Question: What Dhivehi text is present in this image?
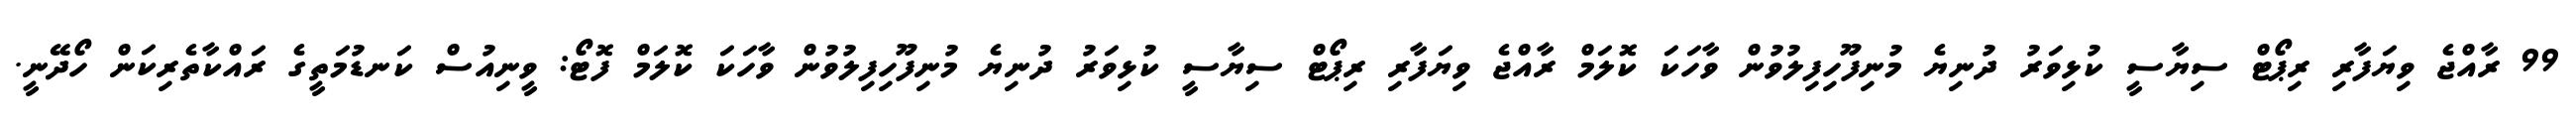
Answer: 99 ރާއްޖެ ވިޔަފާރި ރިޕޯޓް ސިޔާސީ ކުޅިވަރު ދުނިޔެ މުނިފޫހިފިލުވުން ވާހަކަ ކޮލަމް ރާއްޖެ ވިޔަފާރި ރިޕޯޓް ސިޔާސީ ކުޅިވަރު ދުނިޔެ މުނިފޫހިފިލުވުން ވާހަކަ ކޮލަމް ފޮޓޯ: ވީނިއުސް ކަނޑުމަތީގެ ރައްކާތެރިކަން ހޯދޭނީ.